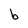
Character: b